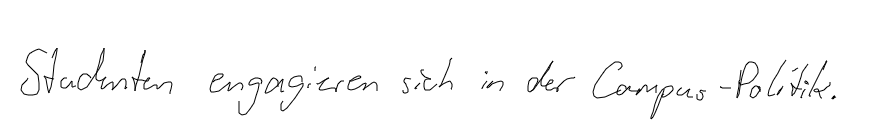
Studenten engagieren sich in der Campus-Politik.